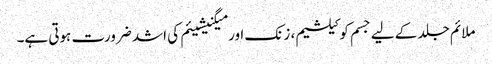
ملائم جلد کے لیے جسم کو کیلشیم، زنک اور میگنیشیئم کی اشد ضرورت ہوتی ہے۔